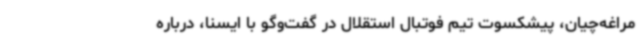
مراغه‌چیان، پیشکسوت تیم فوتبال استقلال در گفت‌وگو با ایسنا، درباره